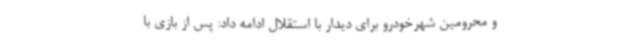
و محرومین شهرخودرو برای دیدار با استقلال ادامه داد: پس از بازی با